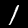
Label: 1